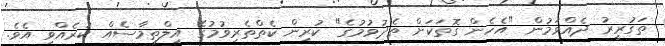
ތަގުރީރު ދެއްވަމުން "އެހެން ގޮތަކަށް ތެދުވުމުގެ" ކުރިން ކެތްތެރިވުމުގެ އިލްތިމާސެއް ކުރެއްވި އެވެ.